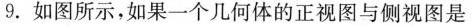
9.如图所示，如果一个几何体的正视图与侧视图是